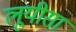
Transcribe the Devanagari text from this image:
लूयीसा